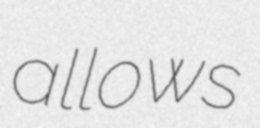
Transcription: allows